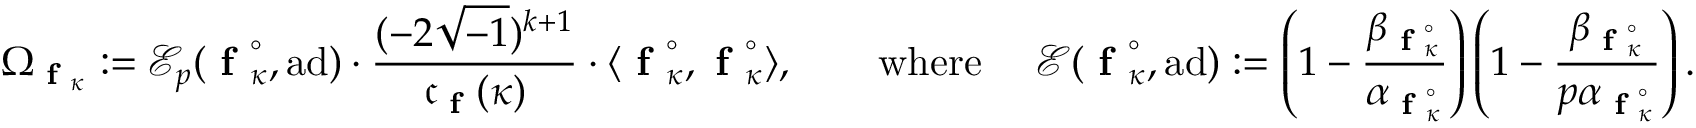
\Omega _ { \textup { \bf f } _ { \kappa } } : = \mathcal E _ { p } ( \textup { \bf f } _ { \kappa } ^ { \circ } , \mathrm { a d } ) \cdot \frac { ( - 2 \sqrt { - 1 } ) ^ { k + 1 } } { \mathfrak c _ { \textup { \bf f } } ( \kappa ) } \cdot \langle \textup { \bf f } _ { \kappa } ^ { \circ } , \textup { \bf f } _ { \kappa } ^ { \circ } \rangle , \qquad \mathrm { w h e r e ~ } \quad \mathcal E ( \textup { \bf f } _ { \kappa } ^ { \circ } , \mathrm { a d } ) : = \left( 1 - \frac { \beta _ { \textup { \bf f } _ { \kappa } ^ { \circ } } } { \alpha _ { \textup { \bf f } _ { \kappa } ^ { \circ } } } \right) \left( 1 - \frac { \beta _ { \textup { \bf f } _ { \kappa } ^ { \circ } } } { p \alpha _ { \textup { \bf f } _ { \kappa } ^ { \circ } } } \right) .